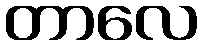
တာလေ